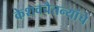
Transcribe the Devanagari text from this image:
केशवचैतन्यांचे